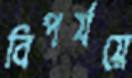
বিপর্যয়ে